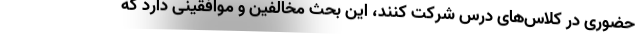
حضوری در کلاس‌های درس شرکت کنند، این بحث مخالفین و موافقینی دارد که